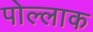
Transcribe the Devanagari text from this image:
पोल्लाक